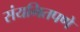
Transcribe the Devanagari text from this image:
संयमितपणे